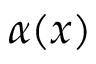
\alpha ( x )